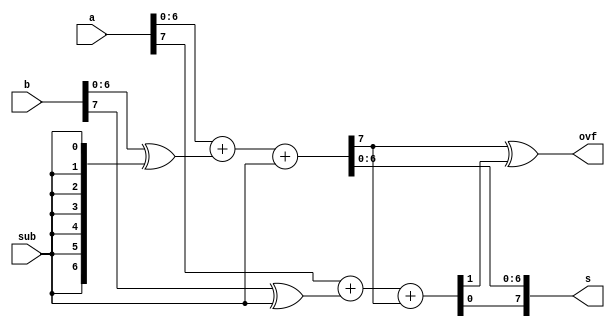
`timescale 1ns / 1ps
//////////////////////////////////////////////////////////////////////////////////
// Company: 
// Engineer: 
// 
// Design Name: 
// Module Name: AddSub2
// Project Name: 
// Target Devices: 
// Tool Versions: 
// Description: 
// 
// Dependencies: 
// 
// Revision:
// Revision 0.01 - File Created
// Additional Comments:
// 
//////////////////////////////////////////////////////////////////////////////////


module AddSub2(a, b, sub, s, ovf) ;
    parameter n = 8 ;
    input [n-1:0] a, b ;
    input sub ;
    output [n-1:0] s ;
    output ovf ;
    wire c1, c2 ;
    wire ovf = c1 ^ c2 ;
    
    assign {c1, s[n-2:0]} = a[n-2:0] + (b[n-2:0] ^ {n-1{sub}}) + sub ;
    
    assign {c2, s[n-1]} = a[n-1] + (b[n-1] ^ sub) + c1 ;
    
endmodule